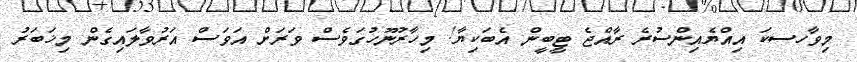
މިވާހސކަ އިއްޔެއިންސުރެ ރާއްޖެ ޓީބީން އެބަކިޔާ! މިހާރުނޫހުގަވެސް ވަރަށް އަވަސް އަރުވާލައިގެން މިޚަބަރު